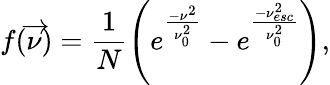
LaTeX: f(\overrightarrow{\nu})=\frac{1}{N}\left(e^{\frac{-{\nu}^{2}}{\nu_{0}^{2}}}-e^{\frac{-\nu_{esc}^{2}}{\nu_{0}^{2}}}\right),